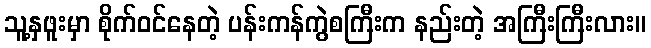
သူ့နှဖူးမှာ စိုက်ဝင်နေတဲ့ ပန်းကန်ကွဲစကြီးက နည်းတဲ့ အကြီးကြီးလား။